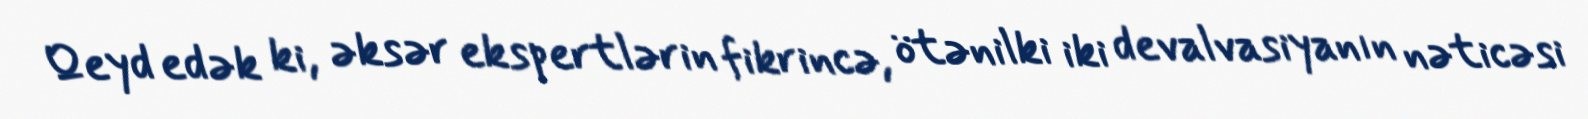
Qeyd edək ki, əksər ekspertlərin fikrincə, ötənilki iki devalvasiyanın nəticəsi